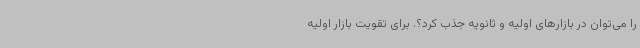
را می‌توان در بازارهای اولیه و ثانویه جذب کرد؟. برای تقویت بازار اولیه